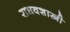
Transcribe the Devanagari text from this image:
राघवशास्त्री